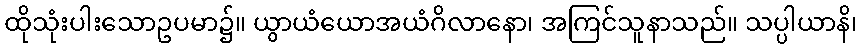
ထိုသုံးပါးသောဥပမာ၌။ ယွာယံယောအယံဂိလာနော၊ အကြင်သူနာသည်။ သပ္ပါယာနိ၊